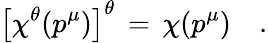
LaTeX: \left[\chi^{\theta}(p^{\mu})\right]^{\theta}\, =\, \chi(p^{\mu})\quad.